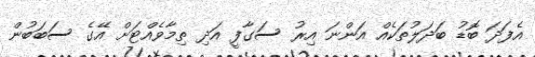
އެފަދަ ބޮޑު ބަދަލުތަކެއް އަންނަ އިރު ސަގާފީ އަދި ތިމާވެއްޓަށް އޭގެ ސަބަބުން